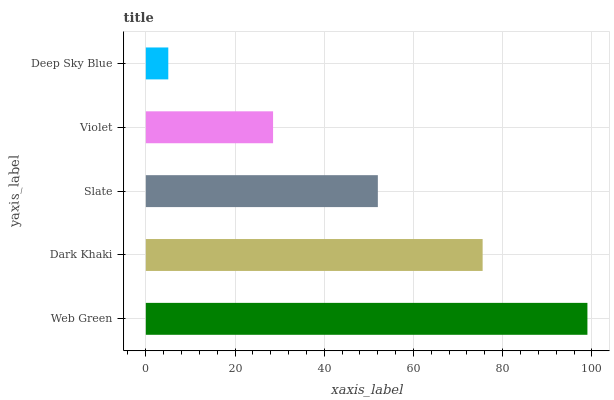
| yaxis_label | bars |
 | --- | --- |
 | Web Green | 99 |
 | Dark Khaki | 75.5 |
 | Slate | 52 |
 | Violet | 28.5 |
 | Deep Sky Blue | 5.04 |